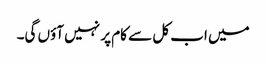
میں اب کل سے کام پر نہیں آؤں گی۔